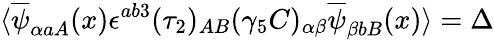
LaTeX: \langle\overline{{{\psi}}}_{\alpha aA}(x){\epsilon}^{ab3}(\tau_{2})_{AB}(\gamma_{5}C)_{\alpha\beta}\overline{{{\psi}}}_{\beta bB}(x)\rangle=\Delta